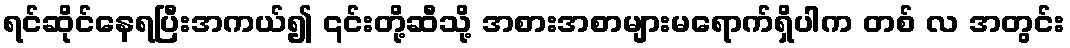
ရင်ဆိုင်နေရပြီးအကယ်၍ ၎င်းတို့ဆီသို့ အစားအစာများမရောက်ရှိပါက တစ် လ အတွင်း